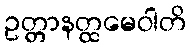
ဥတ္တာနတ္ထမေဝါတိ